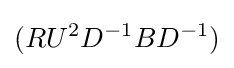
(RU^{2}D^{-1}BD^{-1})